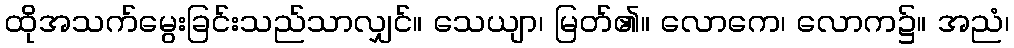
ထိုအသက်မွေးခြင်းသည်သာလျှင်။ သေယျာ၊ မြတ်၏။ လောကေ၊ လောက၌။ အညံ၊